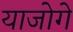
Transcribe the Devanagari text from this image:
याजोगे